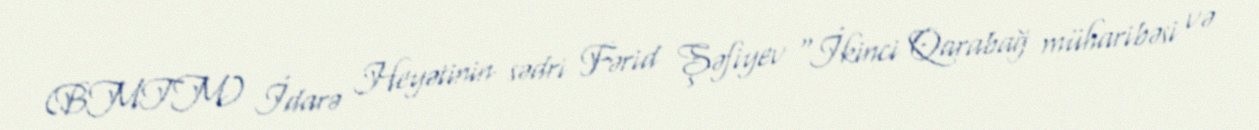
(BMTM) İdarə Heyətinin sədri Fərid Şəfiyev “İkinci Qarabağ müharibəsi və